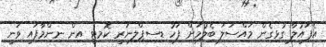
އެފައުލާ ގުޅިގެން މައްސަލަ ބެލުމަށް ފަހު ޑިސިޕްލިނަރީ ކޮމިޓީ އިން ނިންމާފައި ވަނީ